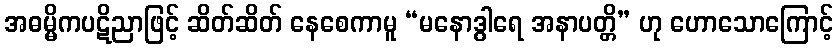
အဓမ္မိကပဋိညာဖြင့် ဆိတ်ဆိတ် နေစေကာမူ “မနောဒွါရေ အနာပတ္တိ” ဟု ဟောသောကြောင့်